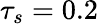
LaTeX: \tau_{s}=0.2